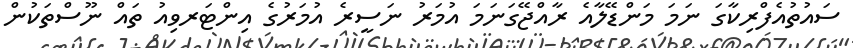
ސައުތުއެފްރިކާގަ ނަމަ މަންޑޭލާއެ ރާއްޖޭގަނަމަ އުމަރު ނަސީރެ އުމަރުގެ އިންޓަރވިއު ތައް ނޫސްތަކުން